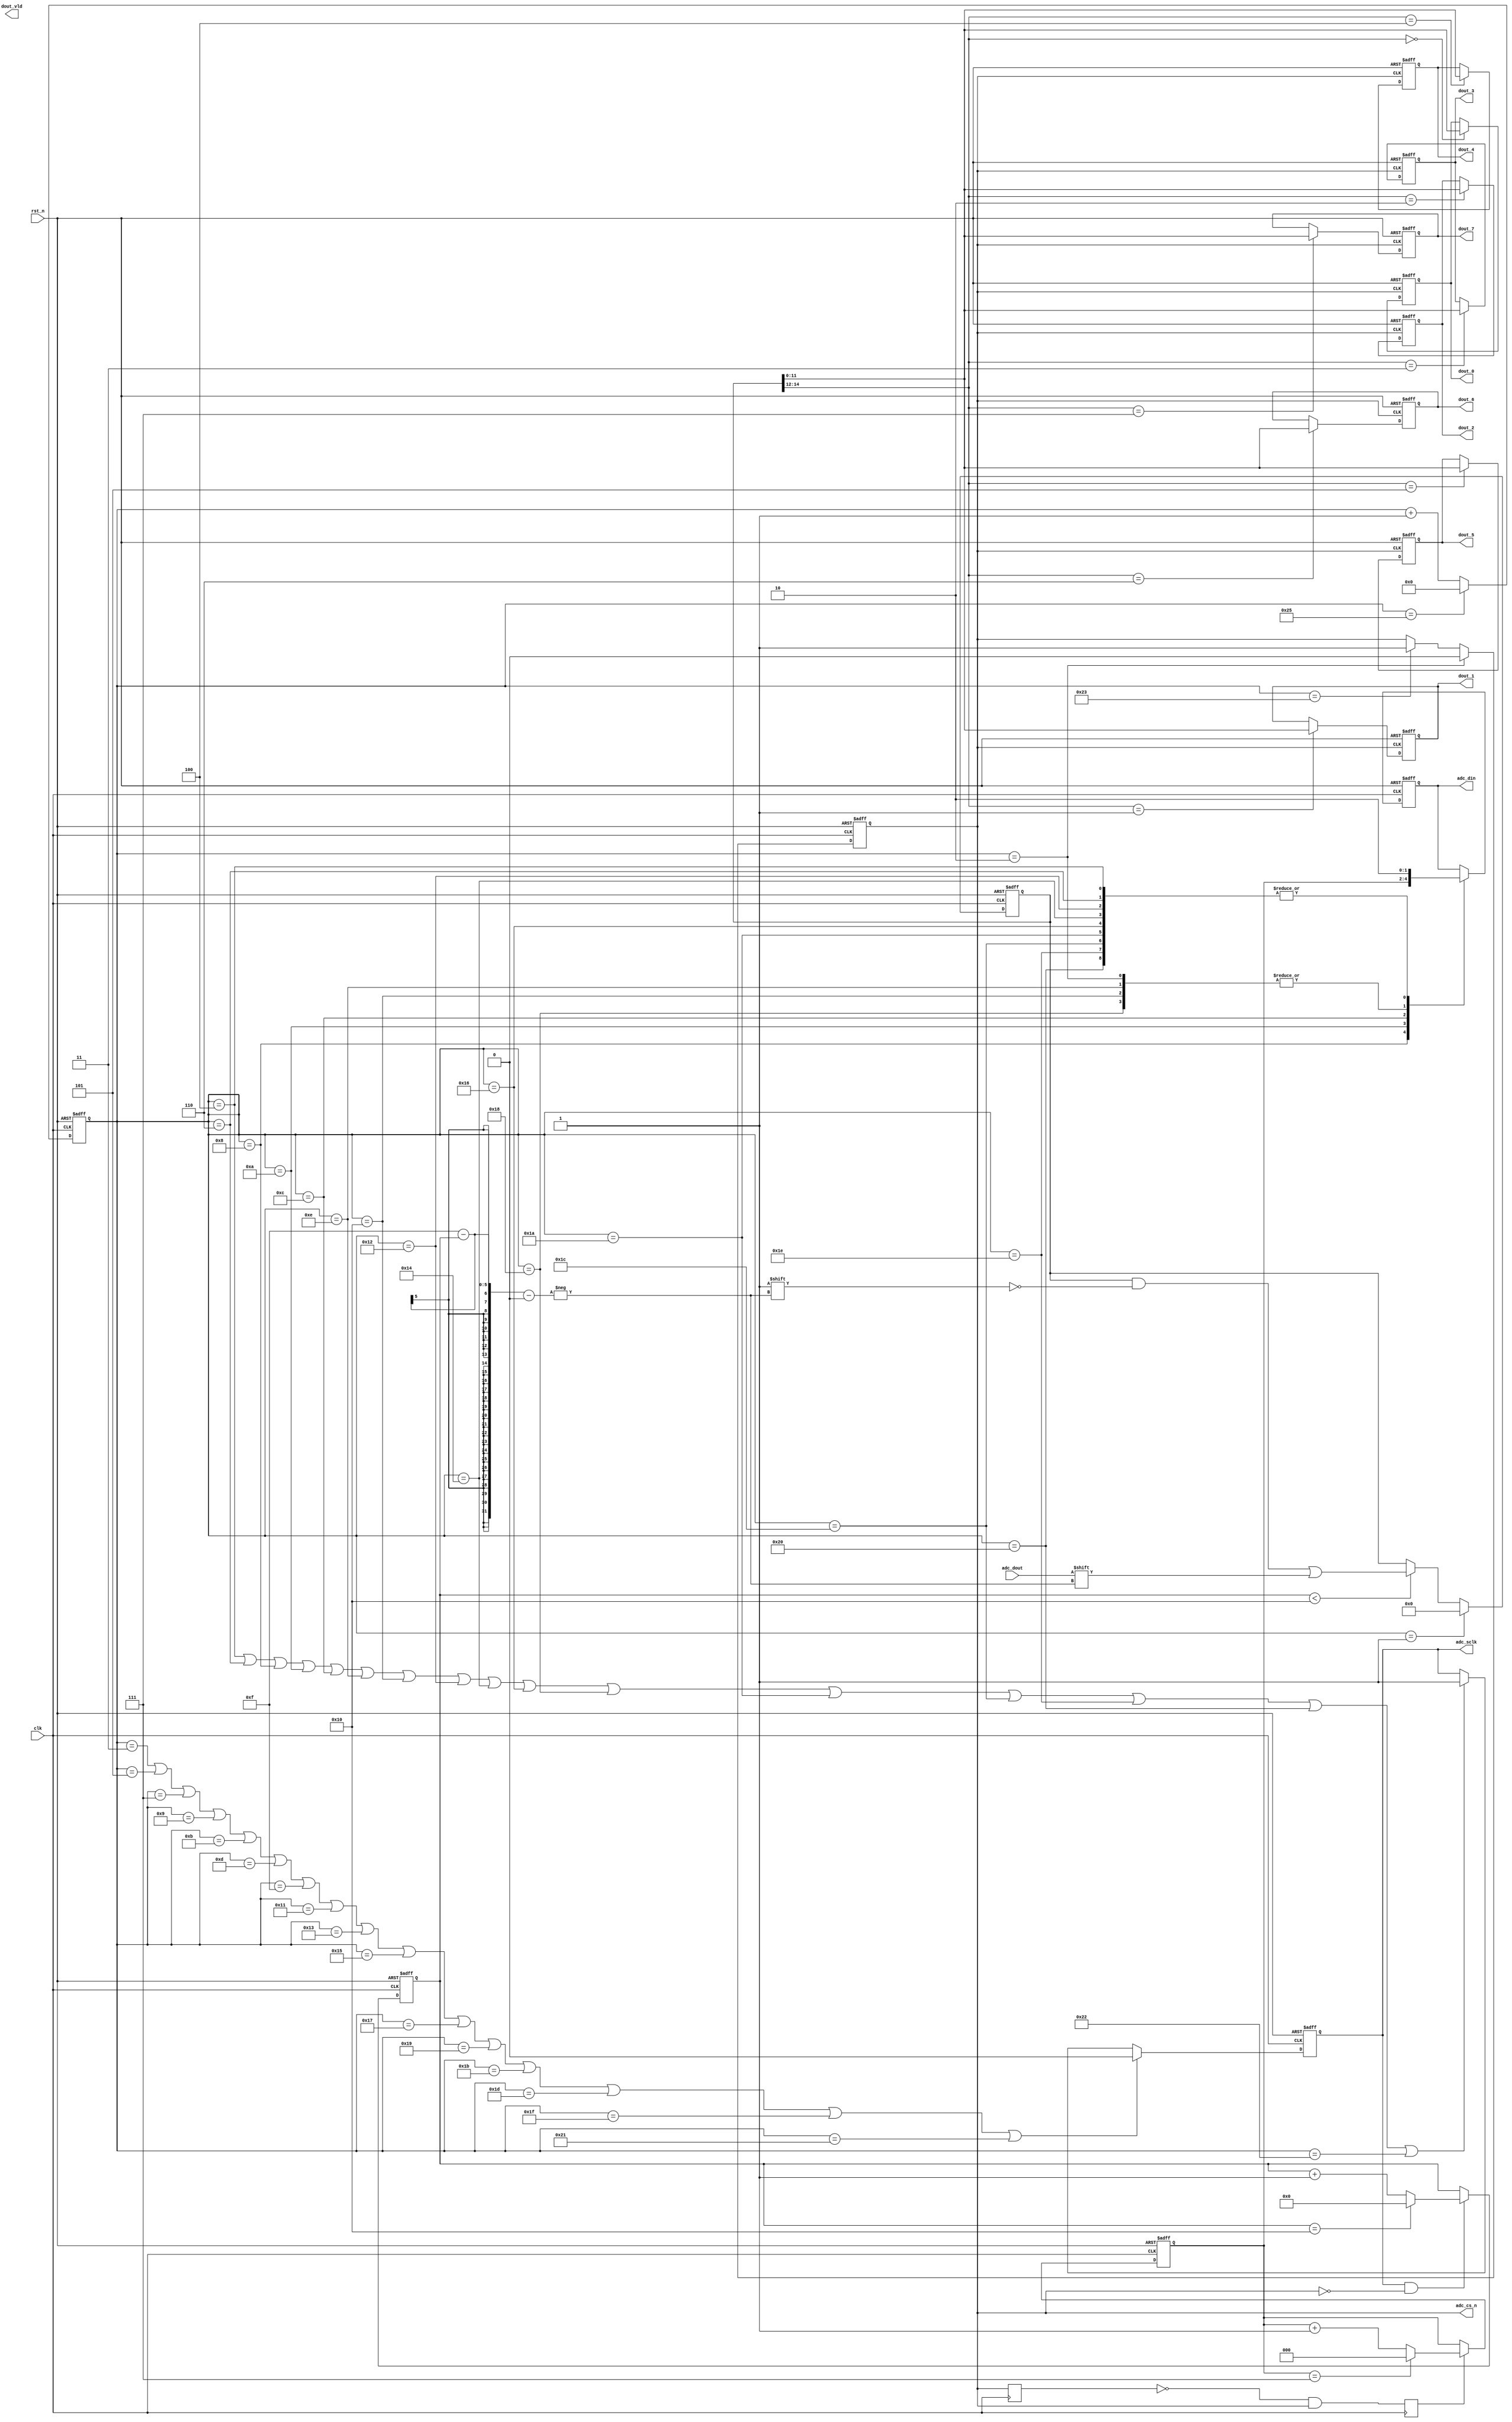
module AD7928(
					input                clk,
					input                rst_n,
					output reg [11:0]    dout_0,         //
					output reg [11:0]    dout_1,
					output reg [11:0]    dout_2,
					output reg [11:0]    dout_3,
					output reg [11:0]    dout_4,
					output reg [11:0]    dout_5,
					output reg [11:0]    dout_6,
					output reg [11:0]    dout_7,
					output reg           dout_vld,     //1
					

					
					input                adc_dout,     //adc
					output reg           adc_din,      //adc
					output reg           adc_sclk,     //adc
					output reg           adc_cs_n      //adc
);



//---------------------------------
//
reg [5:0]   cnt0;
always@(posedge clk or negedge rst_n)
begin
    if(!rst_n)
		begin
			cnt0 <= 0;
		end
		
    else if(cnt0 == 37)
		begin 	 
        cnt0 <= 0;
		end
		
    else
        cnt0 <= cnt0 + 1'b1;
end 
//---------------------------------



//----------------------------------
//CS
always@(posedge clk or negedge rst_n)
begin
    if(!rst_n)
		begin
			adc_cs_n <= 1;
		end
		
    else if(cnt0 == 2)
		begin 	 
        adc_cs_n <= 0;
		end
	
	else if(cnt0 == 35)
		begin 	 
        adc_cs_n <= 1;
		end

end 
//----------------------------------


//----------------------------------
//SCLK
always@(posedge clk or negedge rst_n)
begin
    if(!rst_n)
		begin
			adc_sclk <= 1;
		end
		
    else if(cnt0==3 | cnt0==5 | cnt0==7 | cnt0==9 | cnt0==11 | cnt0==13 | cnt0==15 | cnt0==17 | cnt0==19 | cnt0==21 | cnt0==23 | cnt0==25 | cnt0==27 | cnt0==29 | cnt0==31 | cnt0==33)
		begin 	 
        adc_sclk <= 0;
		end
	
	 else if(cnt0==4 | cnt0==6 | cnt0==8 | cnt0==10 | cnt0==12 | cnt0==14 | cnt0==16 | cnt0==18 | cnt0==20 | cnt0==22 | cnt0==24 | cnt0==26 | cnt0==28 | cnt0==30 | cnt0==32 | cnt0==34)
		begin 	 
        adc_sclk <= 1;
		end
end 
//----------------------------------


//---------------------------------------------
//
reg [2:0]  cnt_address;

reg cs_n;
reg cs_n_wrsigrise;
//adc_cs_n
always@(posedge clk)
begin
	cs_n <=  adc_cs_n;
	cs_n_wrsigrise <= (!cs_n) & adc_cs_n;
end


always@(posedge clk or negedge rst_n)
begin
	if(!rst_n)
		begin
        cnt_address <= 0;
		end
	
	else if(cs_n_wrsigrise)
		if(cnt_address==3'b111)
			begin
				cnt_address <= 0;
			end
		
		else
			begin
				cnt_address <= cnt_address + 1;
			end	
end
//---------------------------------------------  


//---------------------------------------------
//adc
parameter  WRITE  = 1'b1;
parameter  PM     = 2'b11;
parameter  SEQ    = 1'b0;
parameter  SHADOW = 1'b0;
parameter  RANGE  = 1'b0;
parameter  CODING = 1'b1;

wire   [15:0]   data;

assign data ={WRITE,SEQ,1'b0,cnt_address,PM,SHADOW,1'b0,RANGE,CODING,4'b0000};   //00001000011XXX001

always@(posedge clk or negedge rst_n)
begin
	if(!rst_n)
		begin
        adc_din <= 0;
		end
	
	else
		begin
			case(cnt0)
				6'b000010:adc_din = data[15];
				6'b000100:adc_din = data[14];
				6'b000110:adc_din = data[13];
				6'b001000:adc_din = data[12];
				6'b001010:adc_din = data[11];
				6'b001100:adc_din = data[10];
				6'b001110:adc_din = data[9];
				6'b010000:adc_din = data[8];
				6'b010010:adc_din = data[7];
				6'b010100:adc_din = data[6];
				6'b010110:adc_din = data[5];
				6'b011000:adc_din = data[4];
				6'b011010:adc_din = data[3];
				6'b011100:adc_din = data[2];
				6'b011110:adc_din = data[1];
				6'b100000:adc_din = data[0];
				//default: adc_din = 0;
			endcase
		end

end

//----------------------------------------------

//
reg [14:0] dout ;

reg [4:0]cnt1;  //sclk 0-16
always@(posedge clk or negedge rst_n)
begin
	if(!rst_n)
		cnt1<=0;
	
	else if(adc_sclk && adc_cs_n==0)
		if(cnt1==16)
			cnt1<=0;
	
		else
			cnt1<=cnt1+1;
end


always@(posedge clk or negedge rst_n )
begin
	if(!rst_n)
		dout <= 0;
		
	else if (cnt0==1 )
		dout <= 0;
		
	else if ( cnt1<16 )	
		dout[15-cnt1] <= adc_dout;
		
end
//----------------------------------------------


//----------------------------------------------
//
always@(posedge adc_cs_n or negedge rst_n)
begin 
	if(!rst_n)
		begin
			dout_0<=0;
			dout_1<=0;
			dout_2<=0;
			dout_3<=0;
			dout_4<=0;
			dout_5<=0;
			dout_6<=0;
			dout_7<=0;
		end
	else 
		begin
			case (dout[14:12])
				3'b000: dout_0<=dout[11:0];
				3'b001: dout_1<=dout[11:0];
				3'b010: dout_2<=dout[11:0];
				3'b011: dout_3<=dout[11:0];
				3'b100: dout_4<=dout[11:0];
				3'b101: dout_5<=dout[11:0];
				3'b110: dout_6<=dout[11:0];
				3'b111: dout_7<=dout[11:0];		
				default: 
					begin
						dout_0<=0;
						dout_1<=0;
						dout_2<=0;
						dout_3<=0;
						dout_4<=0;
						dout_5<=0;
						dout_6<=0;
						dout_7<=0;
					end
			endcase
		end
end

//----------------------------------------------

endmodule